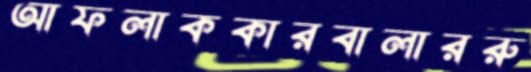
আফলাককারবালাররু